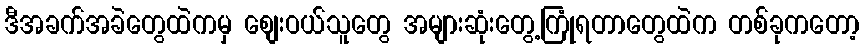
ဒီအခက်အခဲတွေထဲကမှ စျေးဝယ်သူတွေ အများဆုံးတွေ့ကြုံရတာတွေထဲက တစ်ခုကတော့